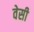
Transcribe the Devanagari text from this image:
वेसी